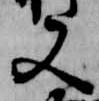
又